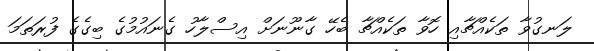
ލަނގުވާ ތަކެއްޗާއި ހޮވާ ތަކެއްޗާ ބެހޭ ގާނޫނަށް އިސްލާހު ގެނައުމުގެ ބިގެގެ ފުރަތަމަ